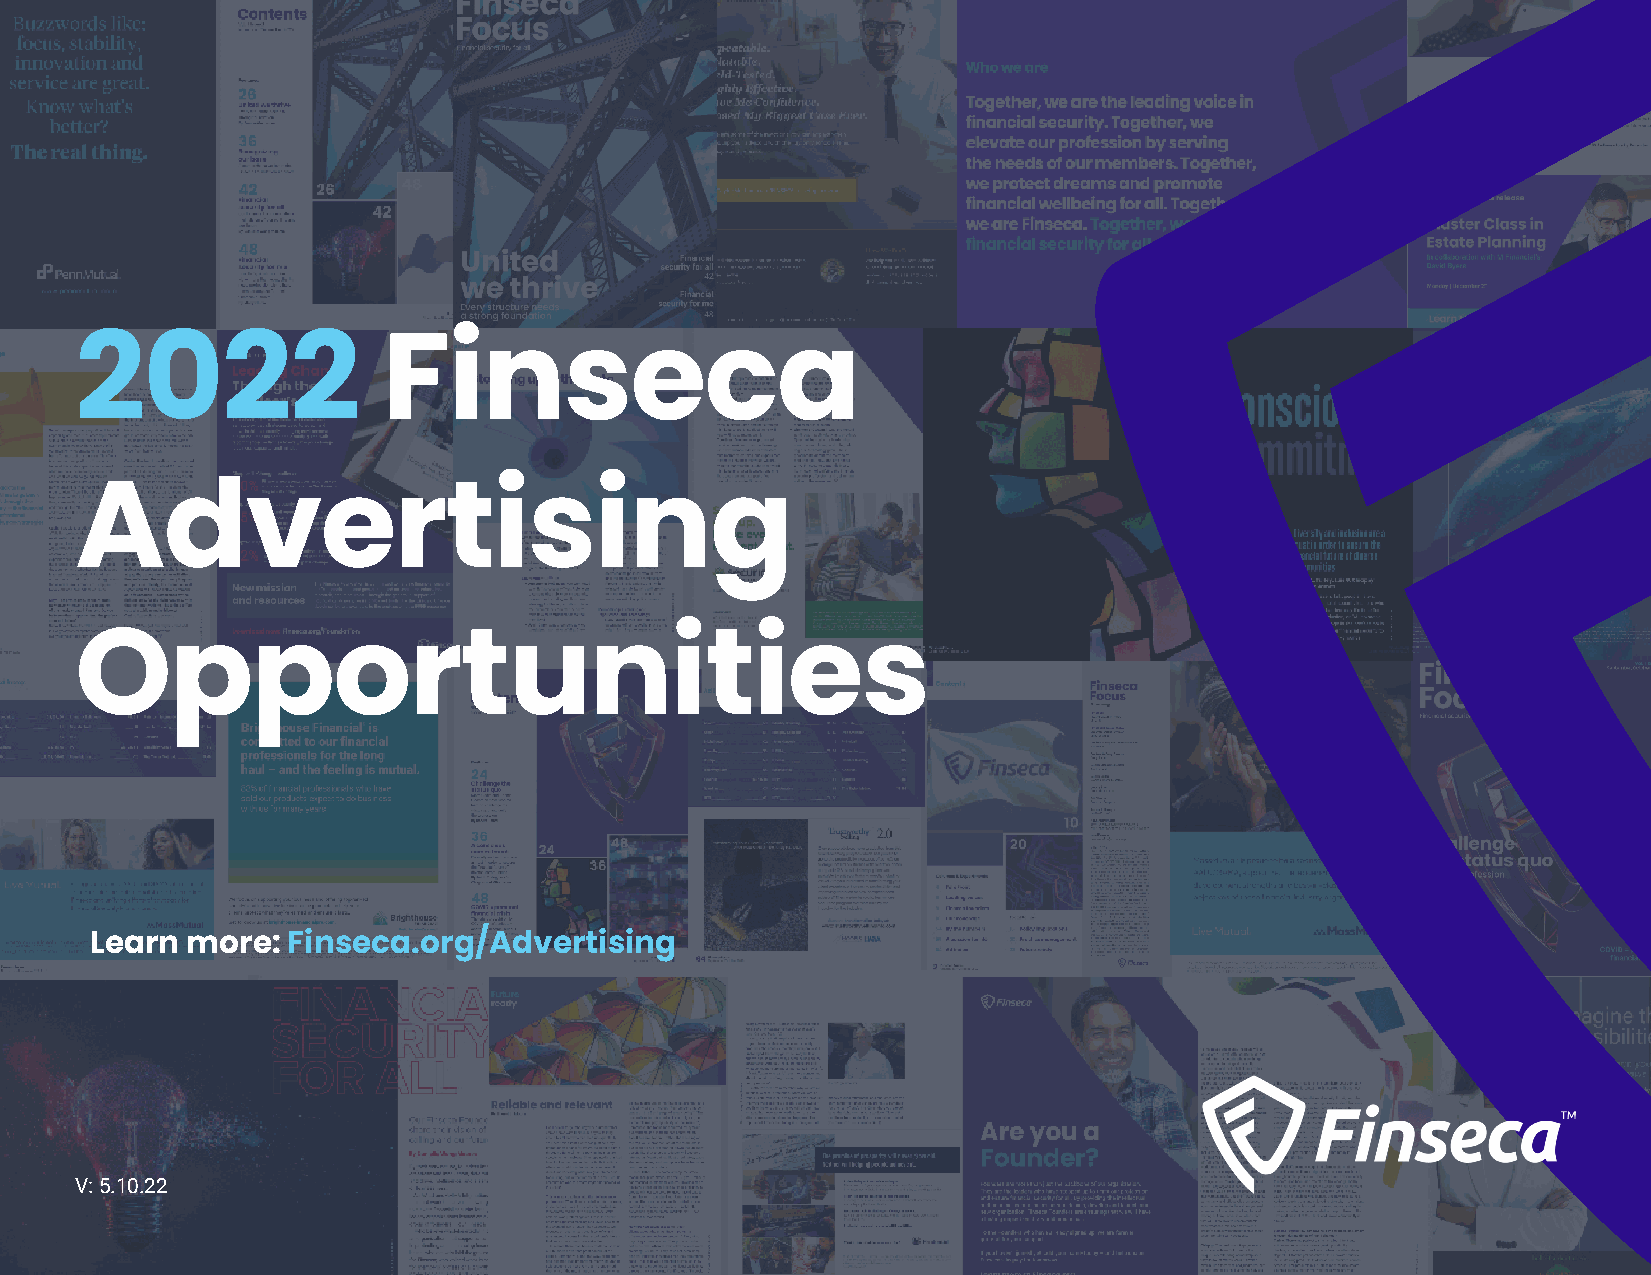
2022                Finseca
 Advertising
 Opportunities
 Learn more:  Finseca.org/Advertising
 V: 5.10.22